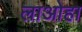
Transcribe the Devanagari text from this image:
लाओहा